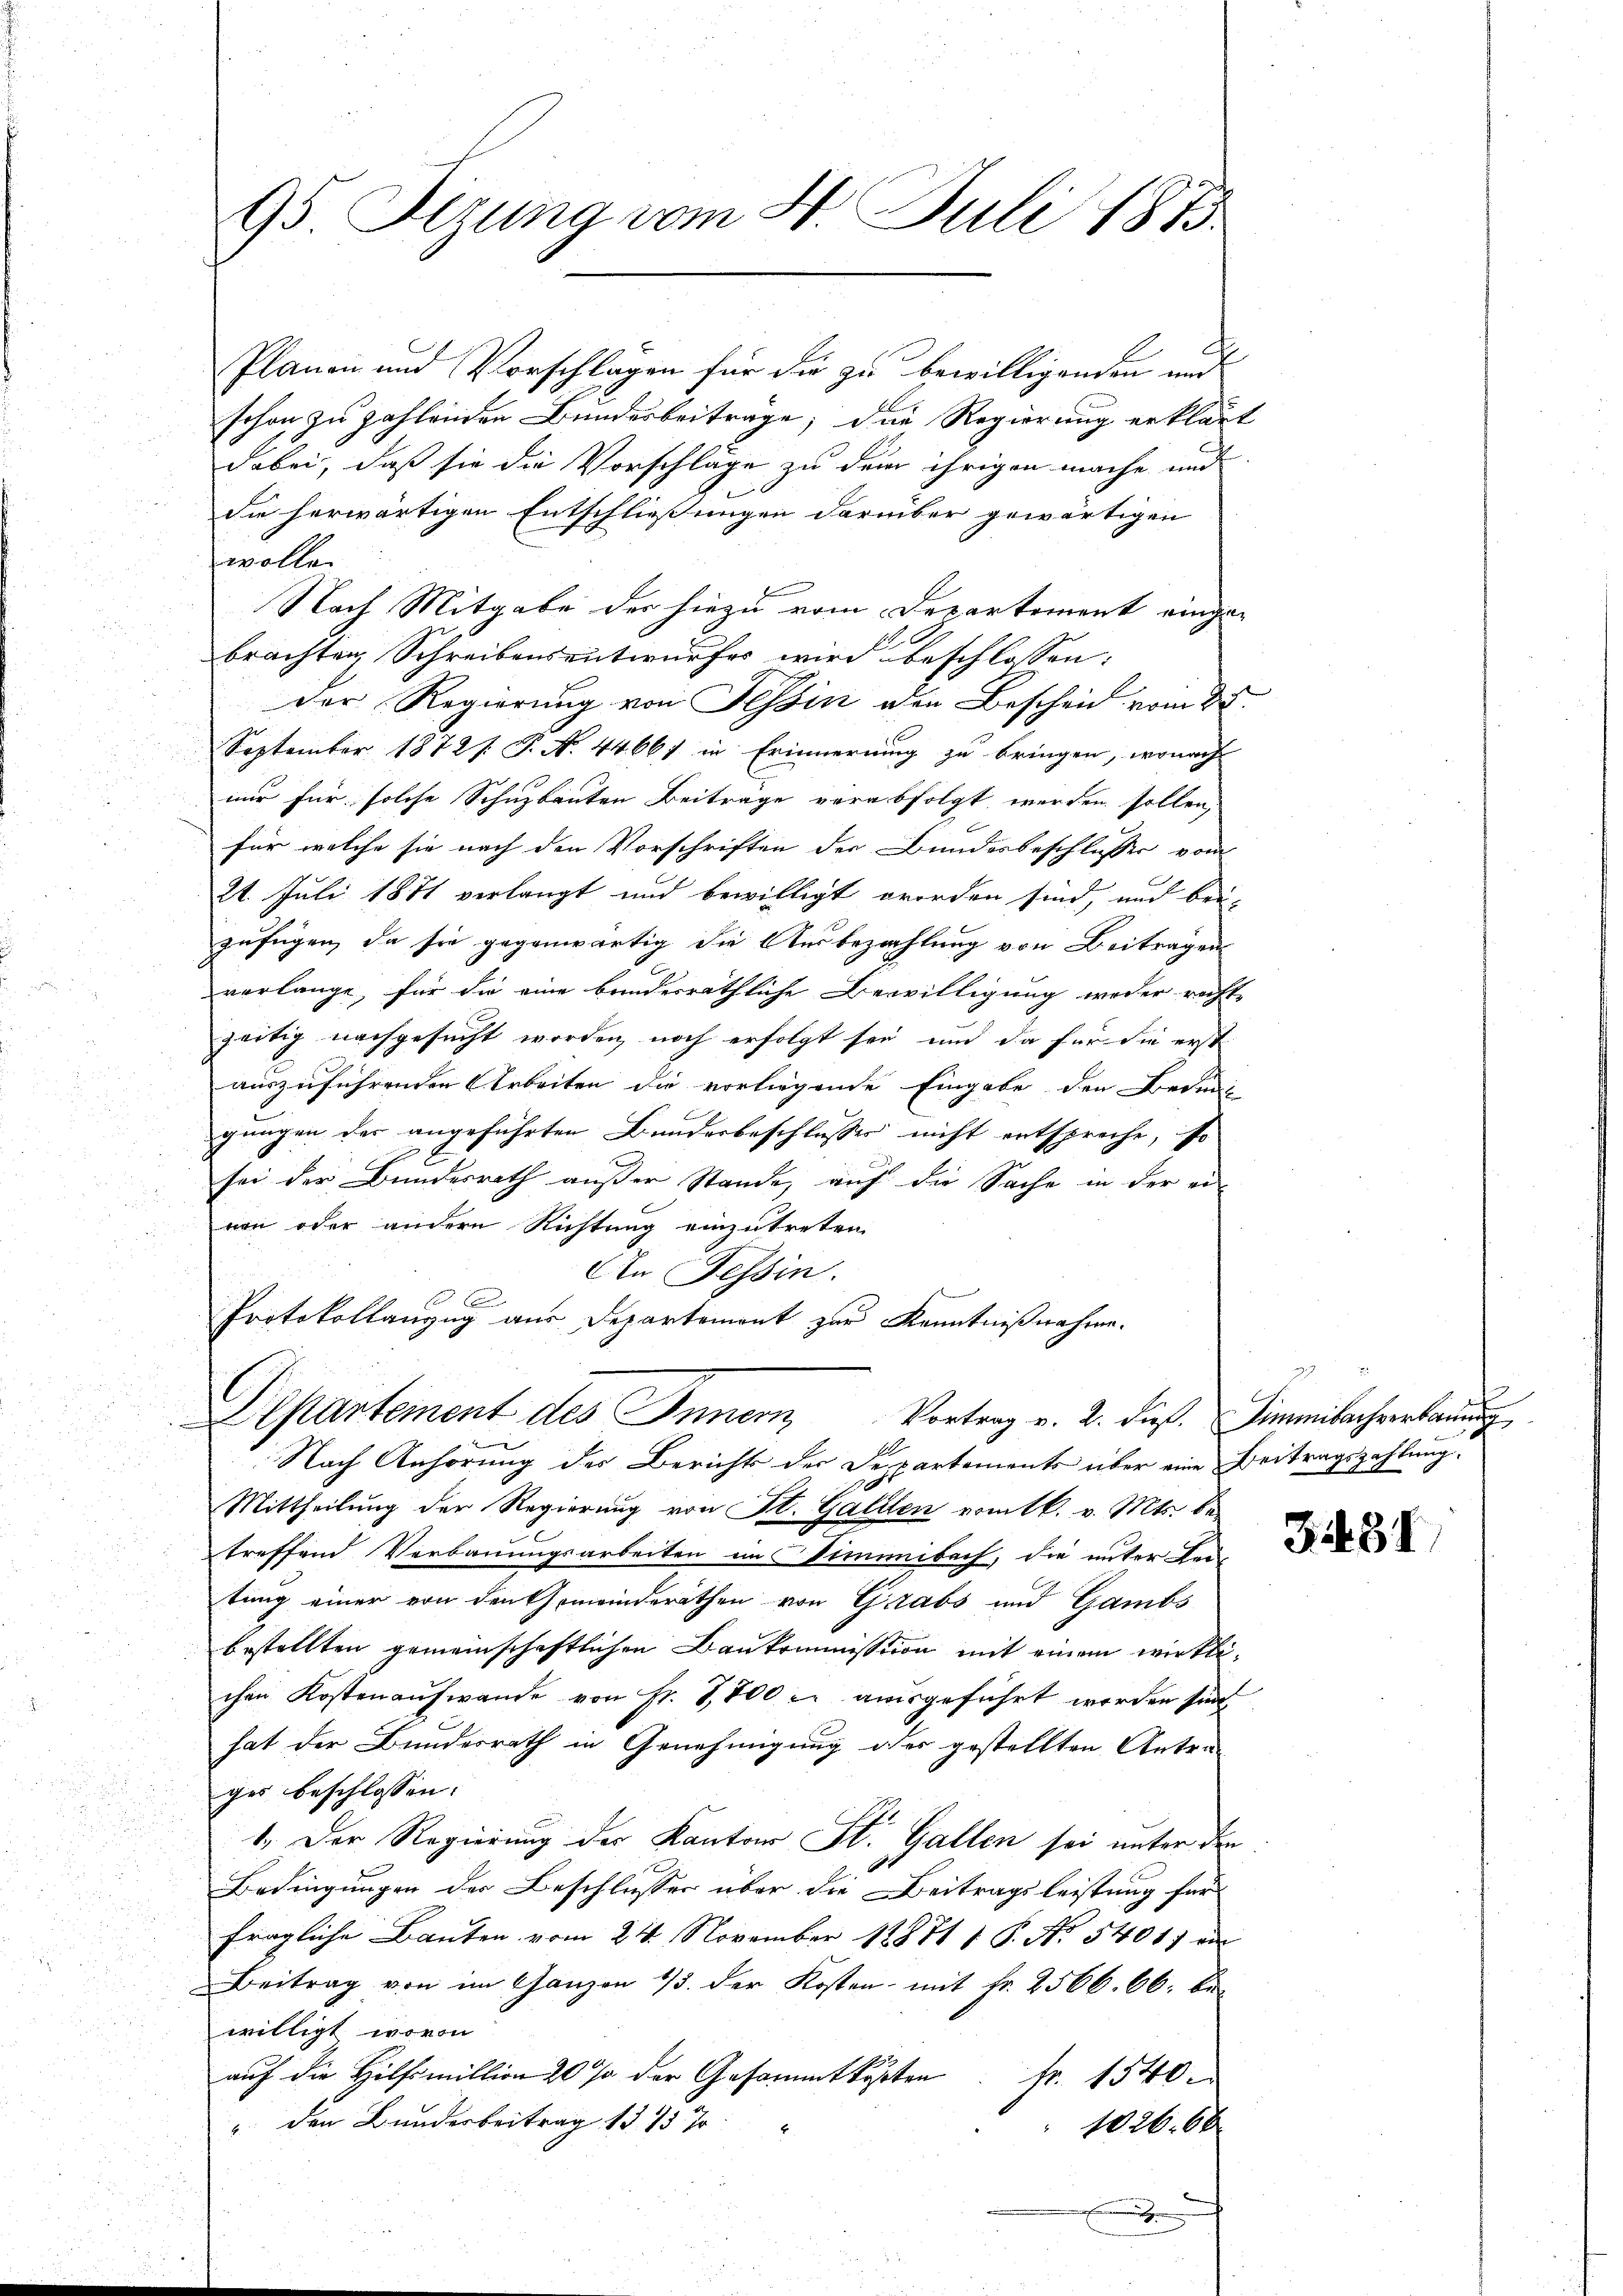
Planen und Vorschlägen für die zu bewilligenden und
schon zu zahlenden Bundesbeiträge, die Regierung erklärt
dabei, daß sie die Vorschläge zu dem ihrigen mache und
die herwärtigen Entschließungen darüber gewärtigen
wolle.
Nach Mitgabe der hiezu vom Departement eingebrachten Schreibensentwurfes wird beschlossen:
Der Regierung von Tessin den Bescheid vom 28.
September 1872 s. P. No. 44667 in Erinnerung zu bringen, wonach
nur für solche Schuzbauten Beiträge verabfolgt werden sollen,
für welche sie nach den Vorschriften der Bundesbeschlusser vom
24. Juli 1871 verlangt und bewilligt worden sind, und bei-
zufügen, da sie gegenwärtig die Ausbezahlung von Beitragens
verlange, für die eine bundesräthliche Bewilligung weder recht
zeitig nachgesucht worden, noch erfolgt sey, und da für die erst
auszuführenden Arbeiten die vorliegende Eingabe den Bedense
gungen des angeführten Bundesbeschlusses nicht entspreche, so
sei der Bundesrath außer Stande, auf die Sache in der ei
von oder andern Richtung einzutreten
An Tessin.

Protokollanzug aus Departement zur Kenntnißnahme.
l
Elstantement des Innern, Vortrag v. 2. dieß. Simmibachverbauu
Nach Anhörung des Berichts der Departements über eine Beitragszahlung:
Mittheilung der Regierung von St. Gallen vom k. v. Mts. be-
treffend Verbauungsarbeiten im Dimmibach, die unter Lei-
tung einer von den Gemeinderäthen von Grabs und Gambs
bestellten gemeinschaftlichen Baukommission mit einem wirklichen Kostenaufwande von Fr. 1,800 r. ausgeführt werden sind
hat der Bundesrath in Genehmigung des gestellten Antrages beschlossen:
1. Der Regierung der Kantons St. Gallen sei unter den
Bedingungen der Beschlusses über die Beitragsleistung für
fragliche Bauten vom 24. November 18871 1 S. Nr. 5401) ei
Beitrag von im Ganzen 13. der Kosten mit Fr. 2566. 66. bi
willigt, wovon
auf die Hilfsmillion 20 % der Gesammtkosten Fr. 1540
" den Bunderbeitrag 1315 %
1026. 66
E

95 Sizung vom 4. Juli 1873.

3